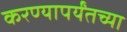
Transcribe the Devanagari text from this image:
करण्यापर्यंतच्या